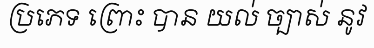
ប្រភេទ ព្រោះ បាន យល់ ច្បាស់ នូវ